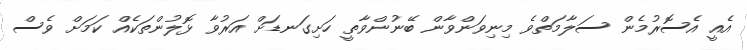
އެއީ އެސޮރުމެން ސަލާމަތްވެ މިނިވަންވާން ބޭނުންވާތީ ހަށިގަނޑަށް އަރުވާ ޅޮލުންތަކެއް ކަމަށް ވެސް